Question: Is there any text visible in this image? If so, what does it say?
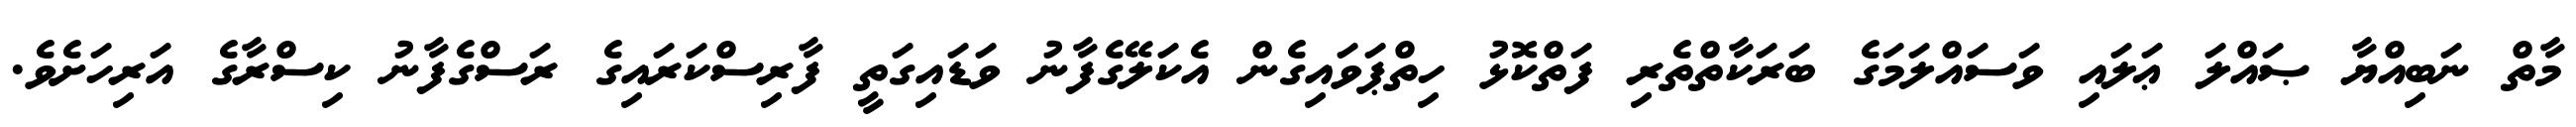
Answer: މާތް ނަބިއްޔާ ޞައްލަ ޢަލައި ވަސައްލަމަގެ ބަރަކާތްތެރި ފަތްކޮޅު ހިތްޕަވައިގެން އެކަލޭގެފާނު ވަޑައިގަތީ ފާރިސްކަރައިގެ ރަސްގެފާނު ކިސްރާގެ އަރިހަށެވެ.